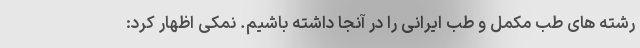
رشته های طب مکمل و طب ایرانی را در آنجا داشته باشیم. نمکی اظهار کرد: